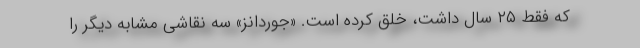
که فقط ۲۵ سال داشت، خلق کرده است. «جوردانز» سه نقاشی مشابه دیگر را